Lunatic asylums in Bengal annual reports 1888-1898 - 1888-1898
Year: 1888
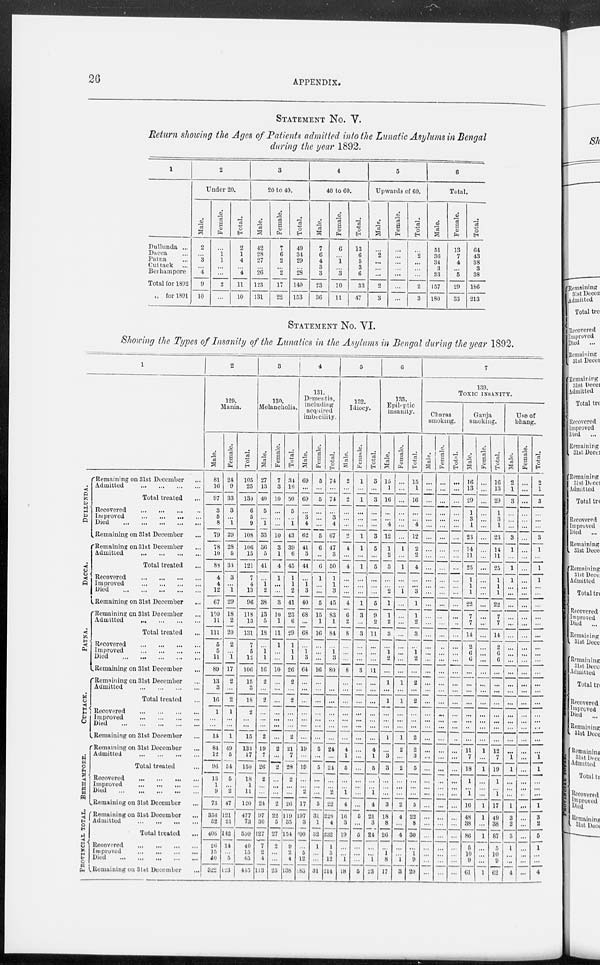
26
APPENDIX.
STATEMENT No. V.
Return showing the Ages of Patients admitted into the Lunatic Asylums in Bengal
during the year 1892.
1
Dullunda ...
Dacca ...
Patna ...
Cuttack ...
Berhampore
Total for 1892
„ for 1891
2
Under 20.
Male.
2
...
3
...
4
9
10
Female.
...
1
1
...
...
2
...
Total.
2
1
4
...
4
11
10
3
20 to 40.
Male.
42
28
27
...
26
123
131
Female.
7
6
2
...
2
17
22
Total.
49
34
29
...
28
140
153
4
40 to 60.
Male.
7
6
4
3
3
23
36
Female.
6
...
1
...
3
10
11
Total.
13
6
5
3
6
33
47
5
Upwards of 60.
Male.
...
2
...
...
...
2
3
Female.
...
...
...
...
...
...
...
Total.
...
2
...
...
...
2
3
6
Total.
Male.
51
36
34
3
33
157
180
Female.
13
7
4
...
5
29
33
Total.
64
43
38
3
38
186
213
STATEMENT No. VI.
Showing the Types of Insanity of the Lunatics in the Asylums in Bengal during the year 1892.
1
DULLUNDA.
DACCA.
PATNA.
CUTTACK.
BERHAMPORE.
PROVINCIAL TOTAL.
Remaining on 31st December ...
Admitted
...
...
...
...
Total treated ...
Recovered
...
...
...
...
Improved
...
...
...
...
Died
...
...
...
...
...
Remaining on 31st December ...
Remaining on 31st December ...
Admitted
...
...
...
...
Total treated ...
Recovered
...
...
...
...
Improved
...
...
...
...
Died
...
...
...
...
...
Remaining on 31st December ...
Remaining on 31st December ...
Admitted
...
...
...
...
Total treated ...
Recovered
...
...
...
...
Improved
...
...
...
...
Died
...
...
...
...
...
Remaining on 31st December ...
Remaining on 31st December ...
Admitted
...
...
...
...
Total treated ...
Recovered
...
...
...
...
Improved
...
...
...
...
Died
...
...
...
...
...
Remaining on 31st December ...
Remaining on 31st December ...
Admitted
...
...
...
...
Total treated ...
Recovered
...
...
...
...
Improved ... ... ... ...
Died
...
...
...
...
...
Remaining on 31st December ...
Remaining on 31st December ...
Admitted
...
...
...
...
Total treated ...
Recovered
...
...
...
...
Improved ... ... ... ...
Died
...
...
...
...
...
Remaining on 31st December ...
2
129.
Mania.
Male.
81
16
97
3
5
8
79
78
10
88
4
4
12
67
100
11
111
5
5
11
89
13
3
16
1
...
...
14
84
12
96
13
1
9
73
356
52
408
26
15
40
322
Female.
24
9
33
3
...
1
29
28
5
33
3
...
1
29
18
2
20
2
...
1
17
2
...
2
1
...
...
1
19
5
54
5
...
2
47
121
21
142
14
...
5
123
Total.
105
25
l30
6
5
9
108
106
15
121
7
4
13
96
118
13
131
7
5
12
106
15
3
18
2
...
...
15
133
17
150
18
1
11
120
477
73
550
40
15
45
445
3
130.
Melancholia.
Male.
27
13
40
5
...
1
33
36
5
41
...
1
2
38
13
5
18
...
1
1
16
2
...
2
...
...
...
2
19
7
26
2
...
...
24
97
30
127
7
2
4
113
Female.
7
3
10
...
...
...
10
3
1
4
1
...
...
3
10
1
11
1
...
...
10
...
...
...
...
...
...
...
2
...
2
...
...
...
2
22
5
27
2
...
...
25
Total.
34
16
50
5
...
1
43
39
6
45
1
1
2
41
23
6
29
1
1
1
26
2
...
2
...
...
...
2
21
7
28
2
...
...
26
119
35
154
9
2
4
138
4
131.
Dementia,
including
acquired
imbecility.
Male.
69
...
69
...
3
4
62
41
3
44
...
1
3
40
68
...
68
...
1 3
64
...
...
...
...
...
...
...
19
...
19
...
...
2
17
197
3
200
...
5
12
183
Female.
5
...
5
...
...
...
5
6
...
6
1
...
...
5
15
1
16
...
...
...
16
...
...
...
...
...
...
...
5
...
5
...
...
...
5
31
1
32
1
...
...
31
Total.
74
...
74
...
3
4
67
47
3
50
1
1
3
45
83
1
84
...
1 3
80
...
...
...
...
...
...
...
24
...
24
...
...
2
22
228
4
232
1
5
12
214
5
132.
Idiocy.
Male.
2
...
2
...
...
...
2
4
...
4
...
...
...
4
6
2
8
...
...
...
8
...
...
...
...
...
...
...
4
1
5
...
...
1
4
16
3
19
...
...
1
18
Female.
1
...
1
...
...
...
1
1
...
1
...
...
...
1
3
...
3
...
...
...
3
...
...
...
...
...
...
...
...
...
...
...
...
...
...
5
...
5
...
...
...
5
Total.
3
...
3
...
...
...
3
5
...
5
...
...
...
5
9
2
11
...
...
...
11
...
...
...
...
...
...
...
4
1
5
...
...
1
4
21
3
24
...
...
1
23
6
135.
Epileptic
insanity.
Male.
15
1
16
...
...
4
12
1
2
3
...
...
2
1
1
2
3
...
1
2
...
1
...
1
...
...
...
1
...
3
3
...
...
...
3
18
8
26
...
1
8
17
Female.
...
...
...
...
...
...
...
1
...
1
...
...
1
...
...
...
...
...
...
...
...
1
...
1
...
...
...
1
2
...
2
...
...
...
2
4
...
4
...
...
1
3
Total.
15
1
16
...
...
4
12
2
2
4
...
...
3
1
1
2
3
...
1
2
...
2
...
2
...
...
...
2
2
3
5
...
...
...
5
22
8
30
...
1
9
20
7
139.
TOXIC INSANITY.
Charas
smoking.
Male.
...
...
...
...
...
...
...
...
...
...
...
...
...
...
...
...
...
...
...
...
...
...
...
...
...
...
...
...
...
...
...
...
...
...
...
...
...
...
...
...
...
...
Female.
...
...
...
...
...
...
...
...
...
...
...
...
...
...
...
...
...
...
...
...
...
...
...
...
...
...
...
...
...
...
...
...
...
...
...
...
...
...
...
...
...
...
Total.
...
...
...
...
...
...
...
...
...
...
...
...
...
...
...
...
...
...
...
...
...
...
...
...
...
...
...
...
...
...
...
...
...
...
...
...
...
...
...
...
...
...
Ganja
smoking.
Male.
16
13
29
1
3
1
23
14
11
25
1
1
1
22
7
7
14
2
6
6
...
...
...
...
...
...
...
...
11
7
18
1
...
1
16
48
38
86
5
10
9
61
Female.
...
...
...
...
...
...
...
...
...
...
...
...
...
...
...
...
...
...
...
...
...
...
...
...
...
...
...
...
1
...
1
...
...
...
1
1
...
1
...
...
...
1
Total.
16
13
29
1
3
1
23
14
11
25
1
1
1
22
7
7
14
2
6
6
...
...
...
...
...
...
...
...
12
7
19
1
...
1
17
49
38
87
5
10
9
62
Use of
bhang.
Male.
2
1
3
...
...
...
3
1
...
1
1
...
...
...
...
...
...
...
...
...
...
...
...
...
...
...
...
...
...
1
1
...
...
...
1
3
2
5
1
...
...
4
Female.
...
...
...
...
...
...
...
...
...
...
...
...
...
...
...
...
...
...
...
...
...
...
...
...
...
...
...
...
...
...
...
...
...
...
...
...
...
...
...
...
...
...
Total.
2
1
3
...
...
...
3
1
...
1
1
...
...
...
...
...
...
...
...
...
...
...
...
...
...
...
...
...
...
1
1
...
...
...
1
3
2
5
1
...
...
4